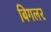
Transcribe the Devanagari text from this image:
बिगलर